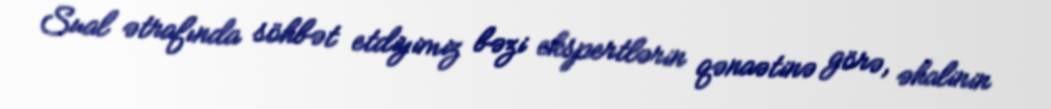
Sual ətrafında söhbət etdiyimiz bəzi ekspertlərin qənaətinə görə, əhalinin